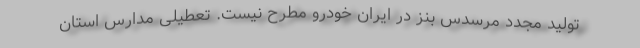
تولید مجدد مرسدس بنز در ایران خودرو مطرح نیست. تعطیلی مدارس استان